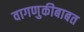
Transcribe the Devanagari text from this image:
वागणुकीबाबत